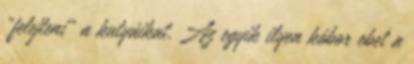
„felejteni” a kutyáikat. Az egyik ilyen kóbor ebet a